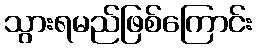
သွားရမည်ဖြစ်ကြောင်း